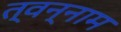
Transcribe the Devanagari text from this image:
त्वन्नाम